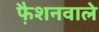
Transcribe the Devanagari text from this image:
फै़शनवाले